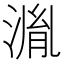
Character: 湚